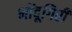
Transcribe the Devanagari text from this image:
भोंदूगिरी